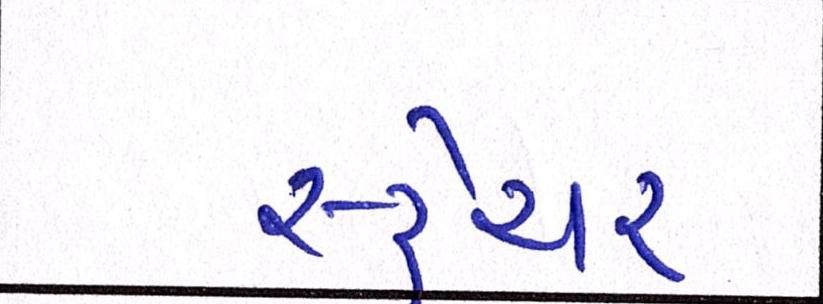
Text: સ્ટ્રેચર